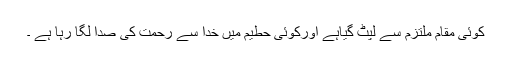
کوئی مقام ملتزم سے لپٹ گیاہے اورکوئی حطیم میں خدا سے رحمت کی صدا لگا رہا ہے ۔